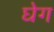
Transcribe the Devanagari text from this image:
घेग